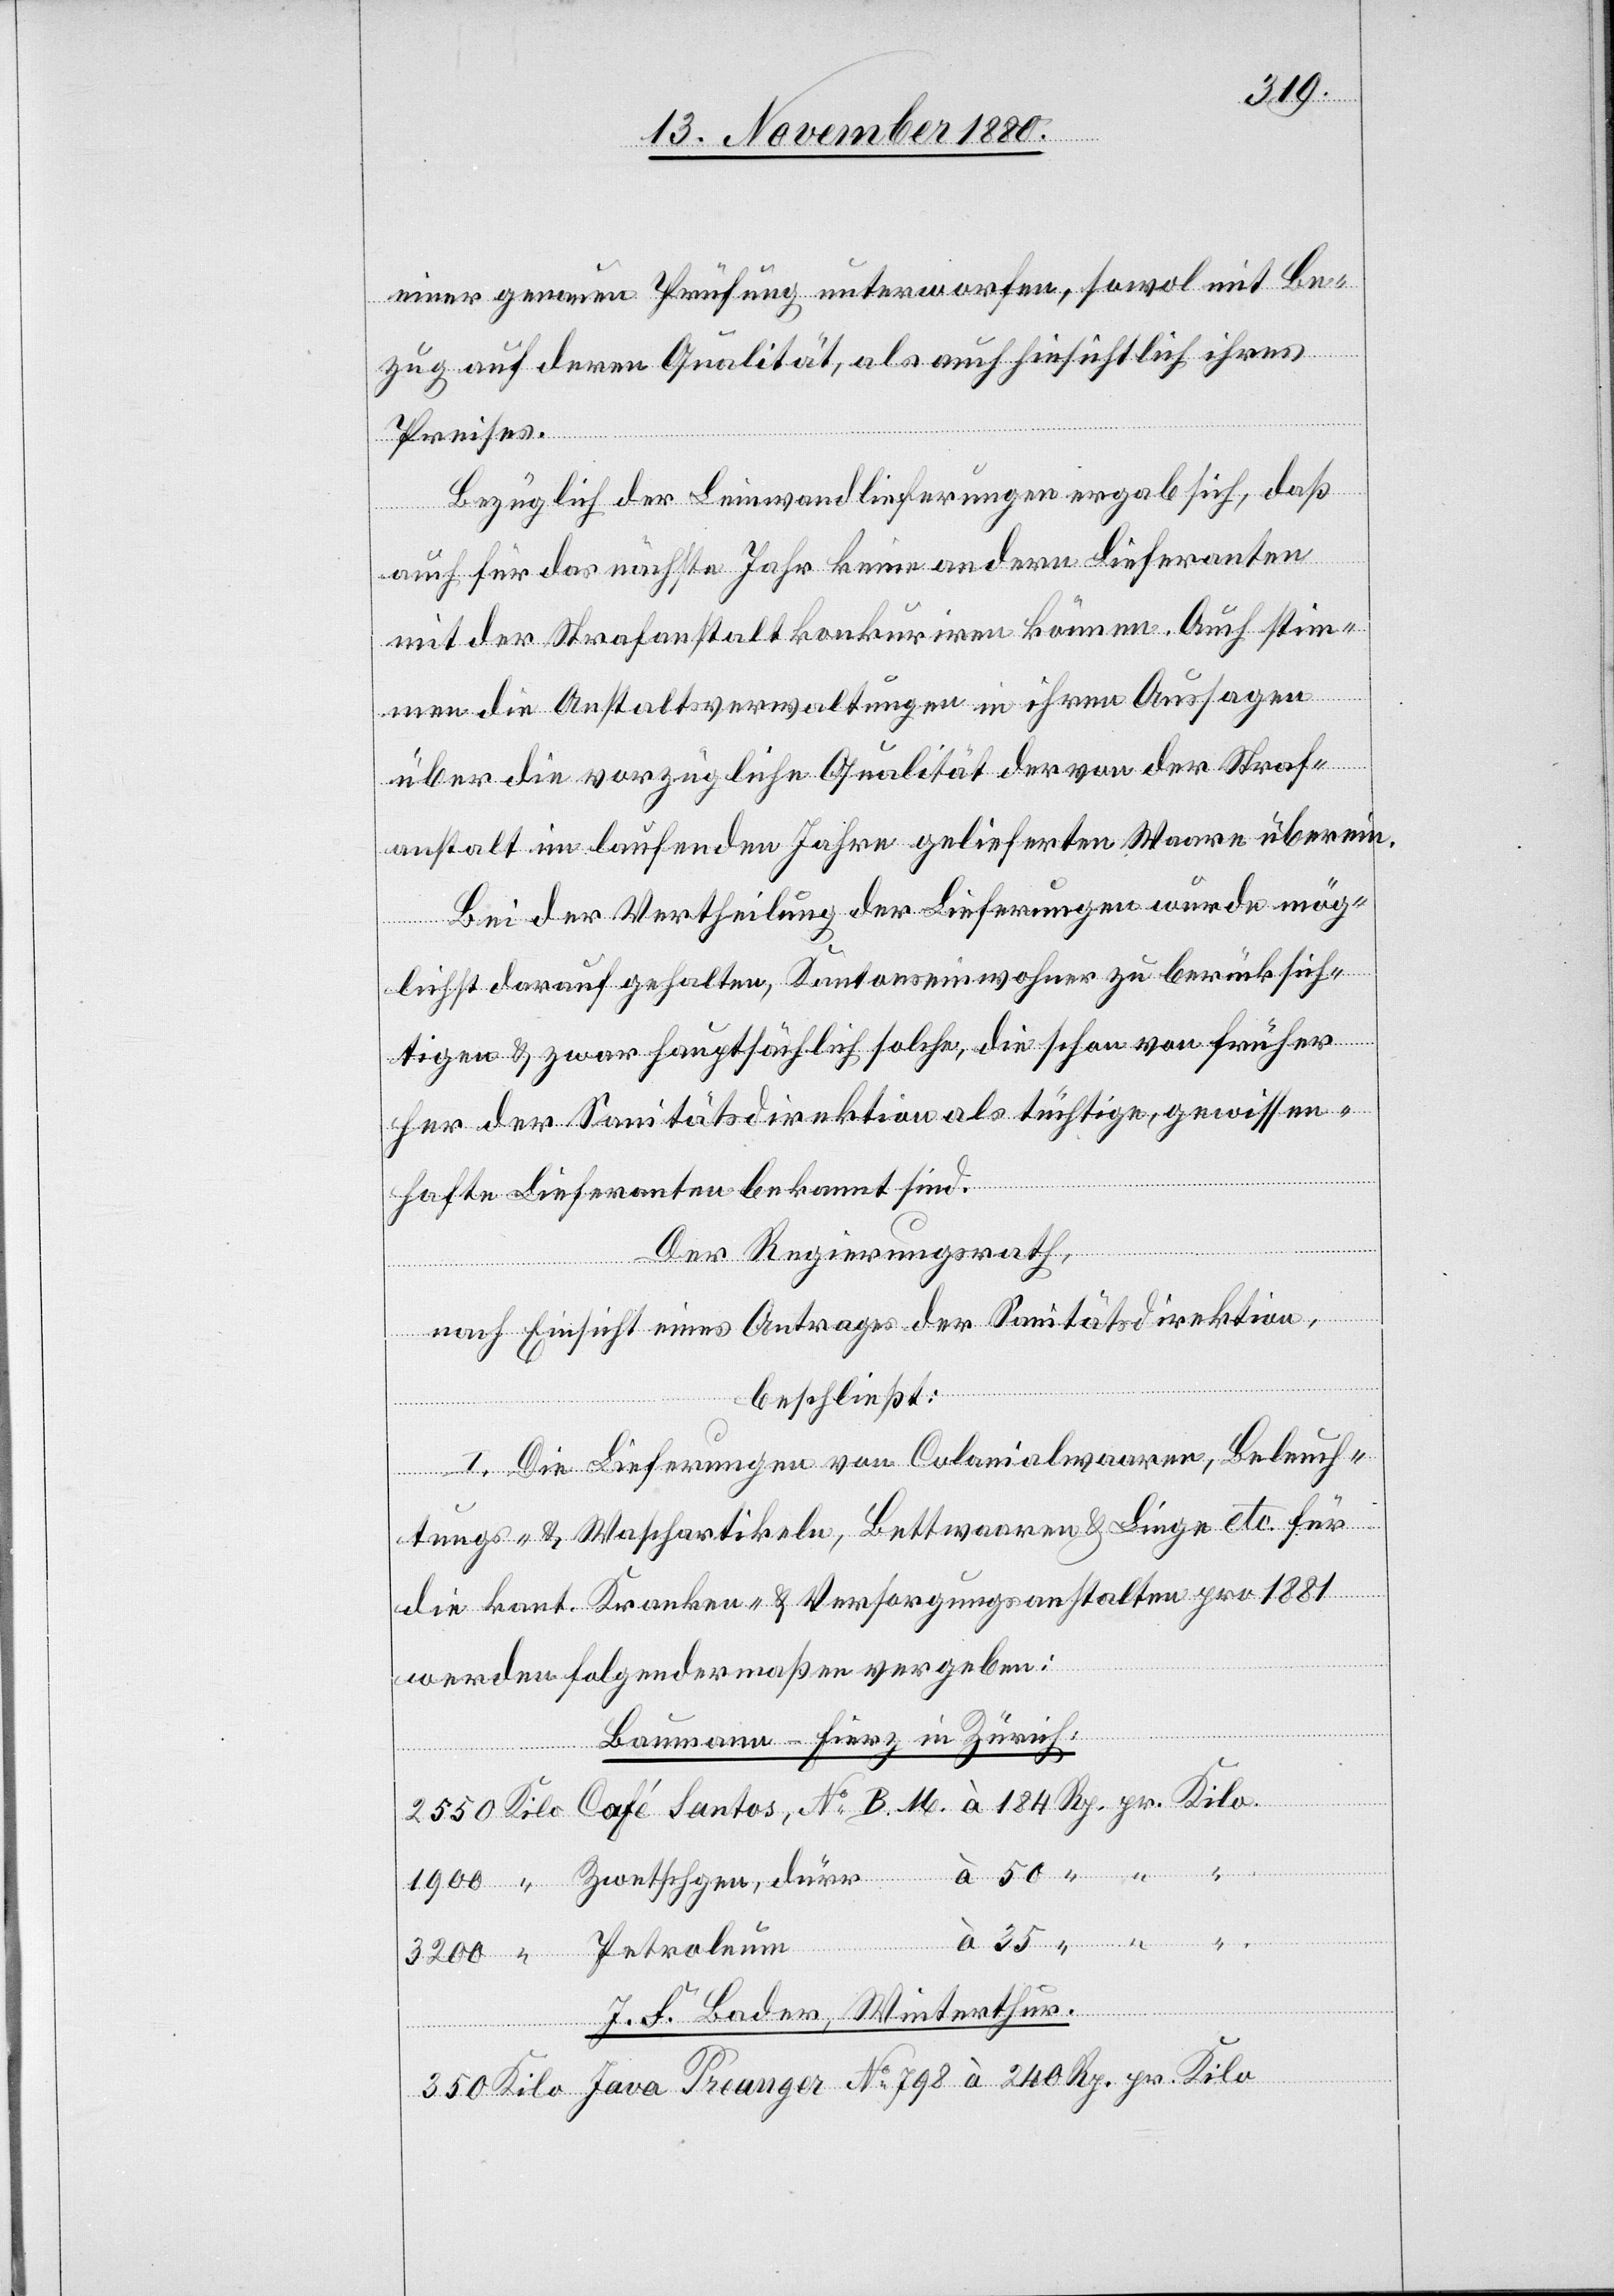
einer genauen Prüfung unterworfen, sowol mit Be¬
zug auf deren Qualität, als auch hinsichtlich ihres
Preises.
Bezüglich der Leinwandlieferungen ergab sich, daß
auch für das nächste Jahr keine andere Lieferanten
mit der Strafanstalt konkurriren können. Auch stim¬
men die Anstaltsverwaltungen in ihren Aussagen
über die vorzügliche Qualität der von der Straf¬
anstalt im laufenden Jahre gelieferten Waare überein.
Bei der Vertheilung der Lieferungen wurde mög¬
lichst darauf gehalten, Kantonseinwohner zu berücksich¬
tigen & zwar hauptsächlich solche, die schon von früher
her der Sanitätsdirektion als tüchtige, gewissen¬
hafte Lieferanten bekannt sind.
Der Regierungsrath,
No
nach Einsicht eines Antrages der Sanitätsdirektion,
Kilo
beschließt:
I. Die Lieferungen von Colonialwaaren, Beleuch¬
tungs- & Waschartikeln, Bettwaaren & Linge etc. für
die kant. Kranken- &Versorgungsanstalten pro 1881
werden folgendermaßen vergeben:
Baumann-Fierz in Zürich:
Petroleum
Preanger
J. F. Bader, Winterthur :